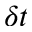
\delta t